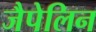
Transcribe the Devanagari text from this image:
जैपेलिन